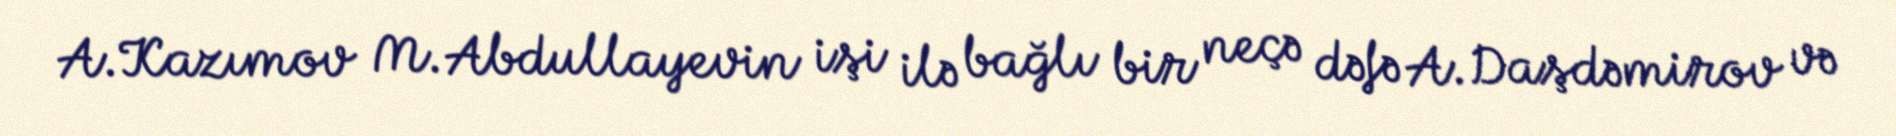
A.Kazımov M.Abdullayevin işi ilə bağlı bir neçə dəfə A.Daşdəmirov və